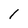
Character: 1